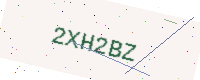
Text: 2XH2BZ